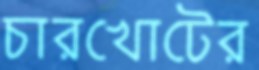
চারখোটের